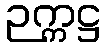
ဉက္ကဋ္ဌ